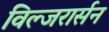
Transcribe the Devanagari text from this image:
विल्जरार्सन